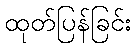
ထုတ်ပြန်ခြင်း